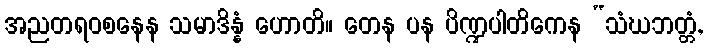
အညတရဝစနေန သမာဒိန္နံ ဟောတိ။ တေန ပန ပိဏ္ဍပါတိကေန “သံဃဘတ္တံ,